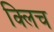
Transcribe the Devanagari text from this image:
क्लिच